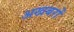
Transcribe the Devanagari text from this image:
अखबरों